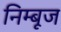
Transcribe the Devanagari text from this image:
निम्बूज